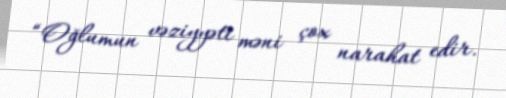
“Oğlumun vəziyyəti məni çox narahat edir.